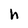
Character: h